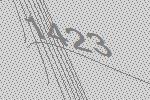
1423